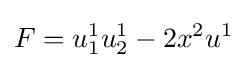
F=u_{1}^{1}u_{2}^{1}-2x^{2}u^{1}